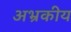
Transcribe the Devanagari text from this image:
अभ्रकीय